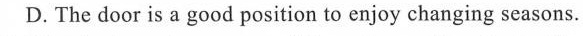
D.The door is a good position to enjoy changing seasons.